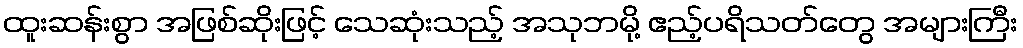
ထူးဆန်းစွာ အဖြစ်ဆိုးဖြင့် သေဆုံးသည့် အသုဘမို့ ဧည့်ပရိသတ်တွေ အများကြီး